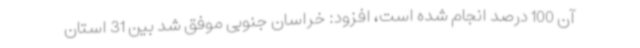
آن 100 درصد انجام شده است، افزود: خراسان جنوبی موفق شد بین 31 استان